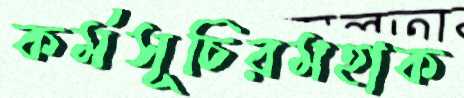
কর্মসূচিরমহাক